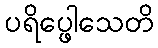
ပရိပ္ဖေါသေတိ